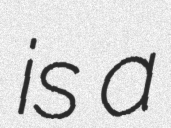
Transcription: is a